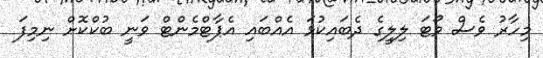
މިހާރު ވެސް ވޯޓަ ލިލީގެ ދެބައިކުޅަ އެއްބައި އެޕާޓްމެންޓް ވަނީ ބުކްކޮށް ނިމިފަ